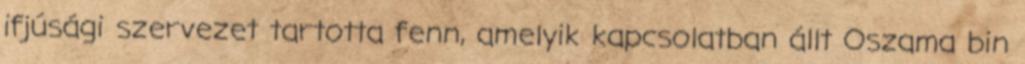
ifjúsági szervezet tartotta fenn, amelyik kapcsolatban állt Oszama bin